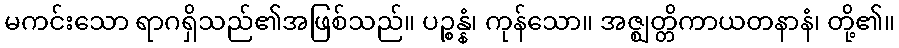
မကင်းသော ရာဂရှိသည်၏အဖြစ်သည်။ ပဉ္စန္နံ၊ ကုန်သော။ အဇ္ဈတ္တိကာယတနာနံ၊ တို့၏။